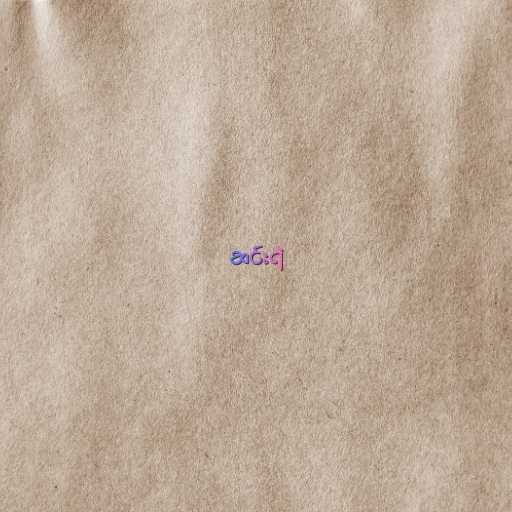
ဆင်းရဲ